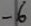
Text: -6